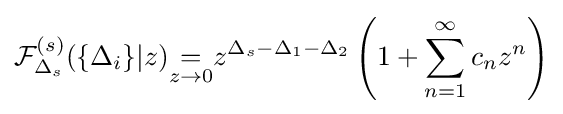
{\mathcal {F}}_{\Delta _{s}}^{(s)}(\{\Delta _{i}\}|z){\underset {z\to 0}{=}}z^{\Delta _{s}-\Delta _{1}-\Delta _{2}}\left(1+\sum _{n=1}^{\infty }c_{n}z^{n}\right)